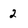
Character: 2